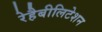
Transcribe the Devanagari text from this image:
रेहैबीलिटेशन